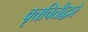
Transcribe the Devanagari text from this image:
वृत्तचितीद्वारे